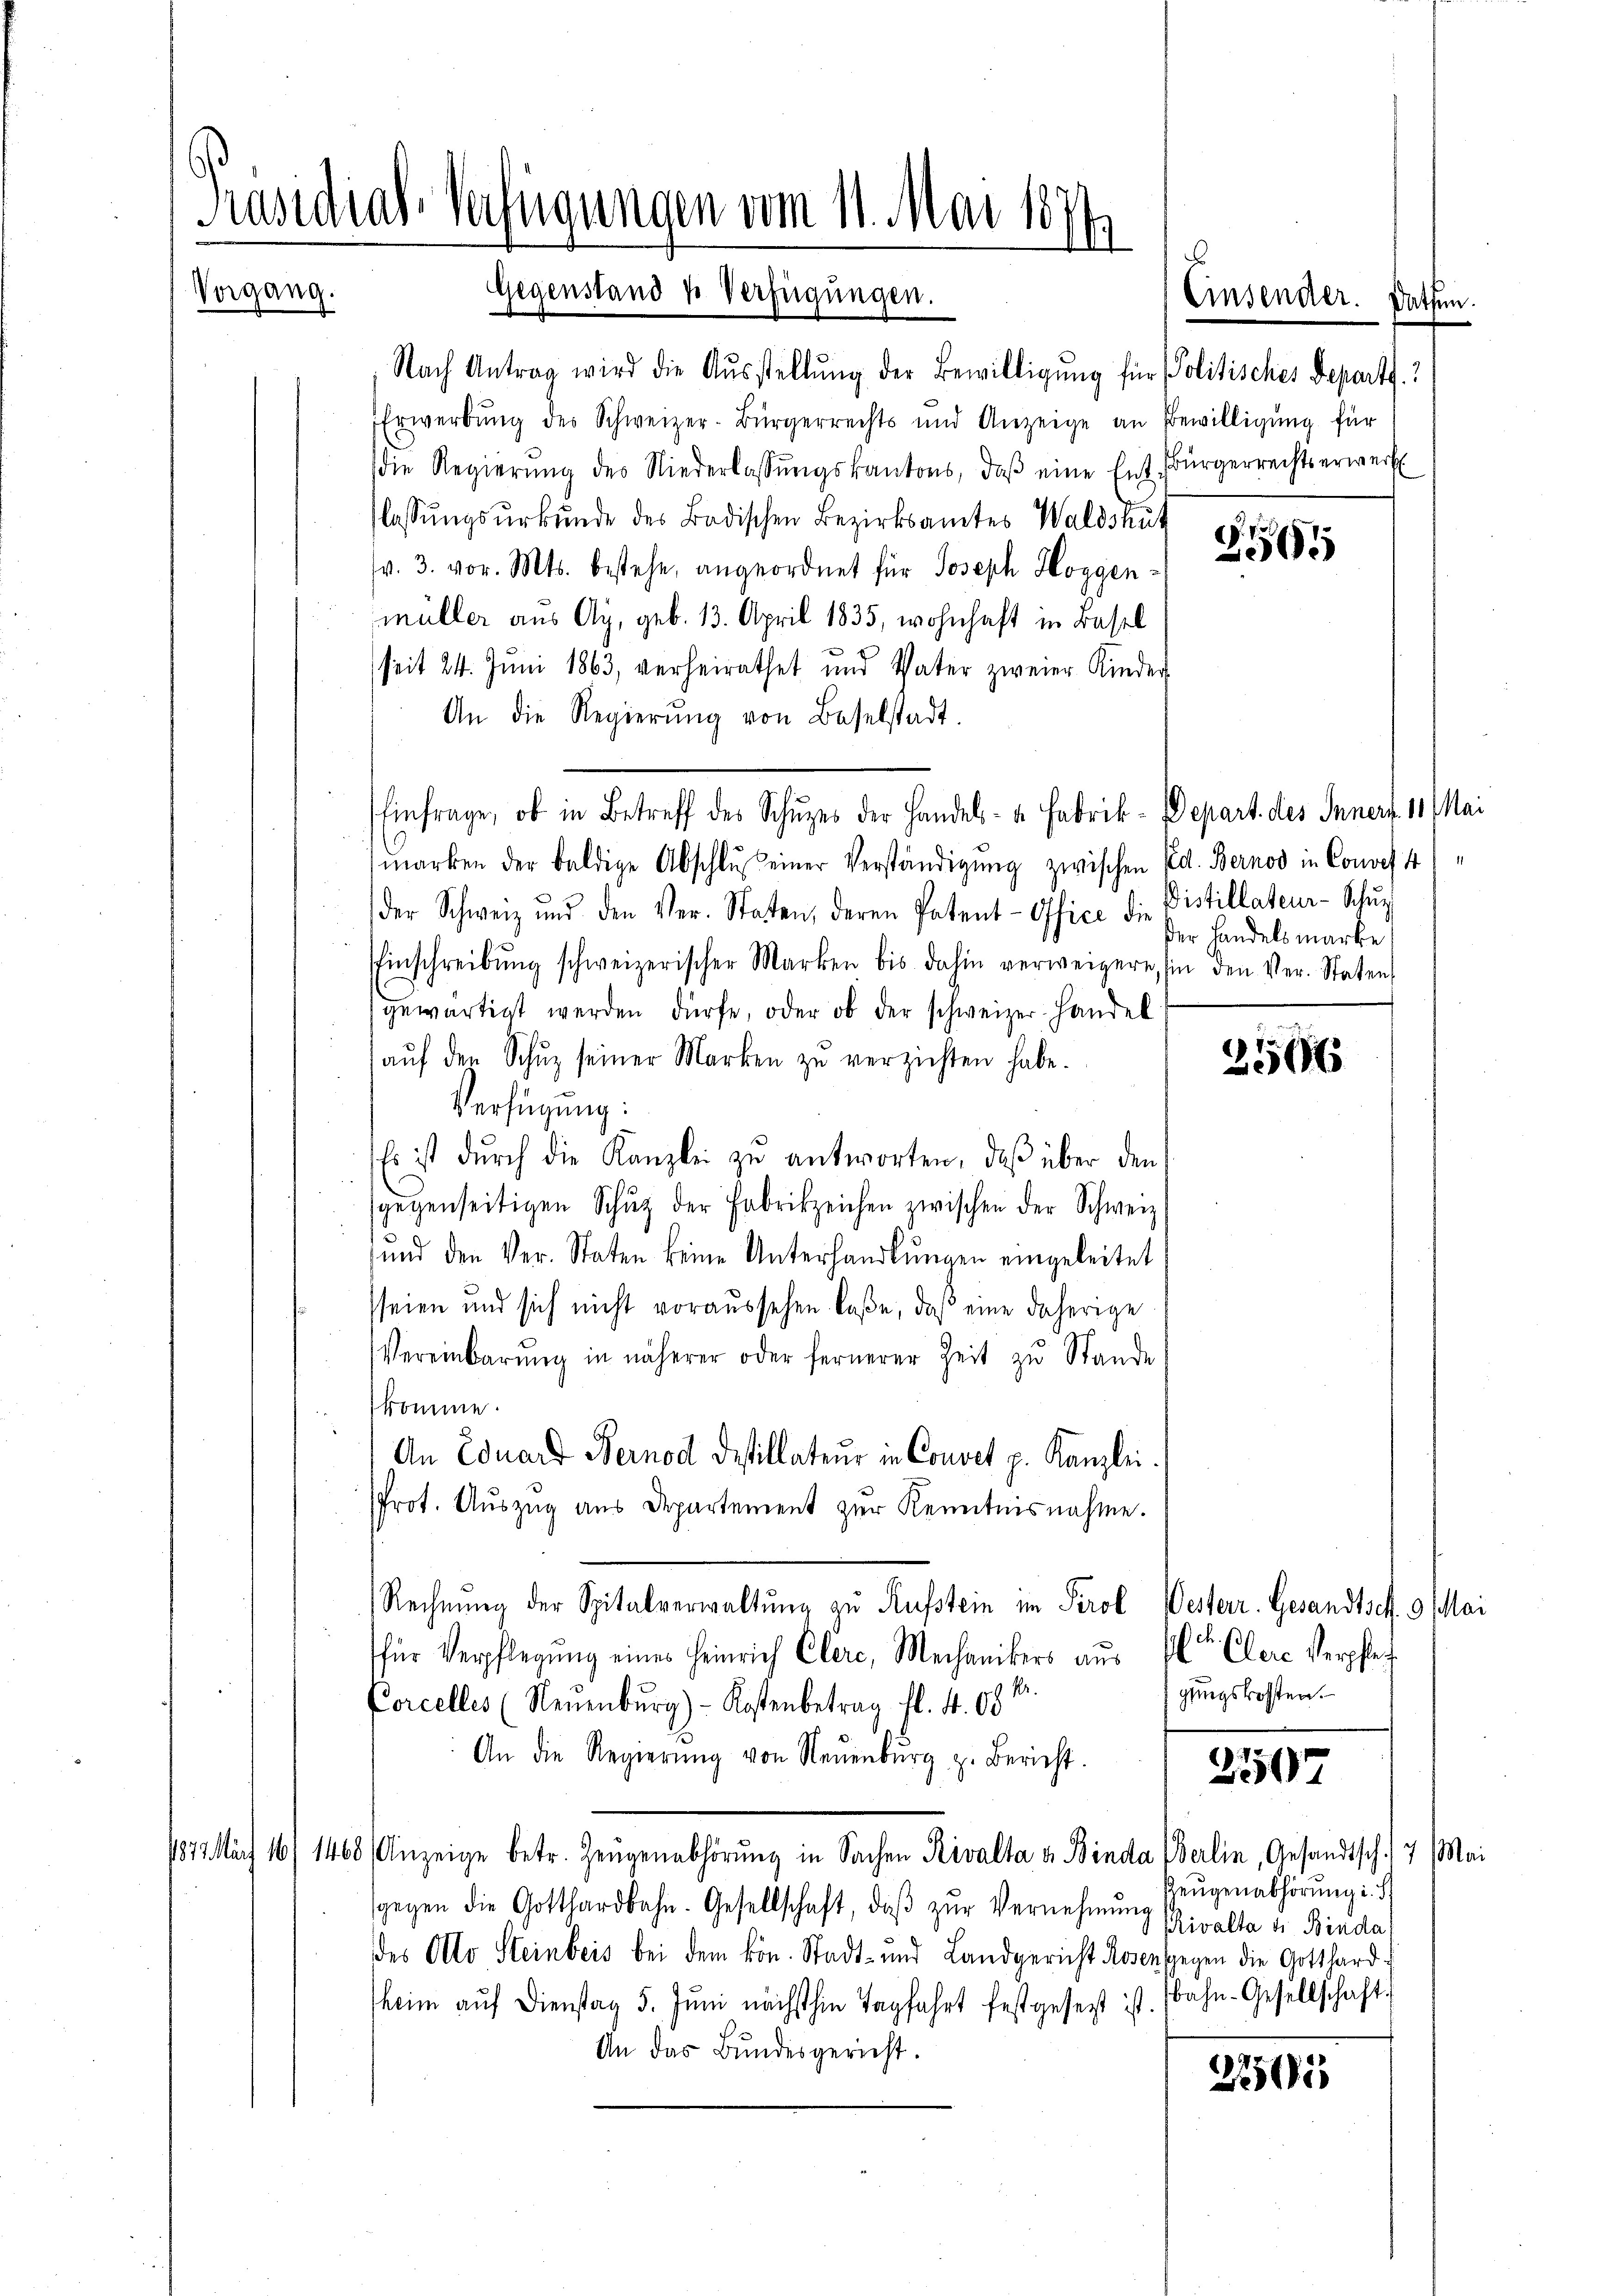
Präsidial-Verfügungen vom 11. Mai 1871
Vorgang. Gegenstand u Verfügungen.

Nach Antrag wird die Aŭsstellŭng der Bewilligŭng für Politisches Depart.
Erwerbung des Schweizer-Bürgerrechts und Anzeige an Bewilligung für
die Regierŭng des Niederlassŭngskantons, daβ eine Ent-Bürgerrechtserwerf
flassŭngsŭrkŭnde des Badischen Bezirksamtes Waldshut
v. 3. vor. Mts. bestehe, angeordnet für Joseph Hoggen
müller aus Ay, geb. 13. April 1835, wohnhaft in Basel
seit 24. Jŭni 1863, verheirathet und Vater zweier Kinder
An die Regierŭng von Baselstadt.
Einfrage, ob in Betreff des Schuzes der Handels- u. Fabrik-Depart. des Innert. 11 Mai
marken der baldige Abschlŭβ einer Verständigŭng zwischen Ed. Bernod in Conces 41
der Schweiz und den Ver-Staten, deren Patent-Office die Distillateur-Schŭl
Einschreibŭng schweizerischer Marken bis dahin verweigere, sie den Ver-Staten
gewärtigt werden dürfe, oder ob der schweizer Handel
aŭf den Schŭz seiner Marken zŭ verzichten habe.
Verfügung:
Es ist durch die Kanzlei zŭ antworten, daß über den
sgegenseitigen Schŭtz der Fabrikzeichen zwischen der Schweiz
und den Ver-Staten keine Unterhandlŭngen eingeleitet
seien und sich nicht voraussehen laße, daß eine daherige
Vereinbarŭng in näherer oder fernerer Zeit zŭ Stande
komme.
An Eduard Bernod destillateŭr in Convet p. Kanzlei.
Prot. Auszug aus Departement zur Kenntnisnahme.
Rechnung der Spitalverwaltung zu Rufstein im Perol Westerr. Gesandtsch. 9 Mai
für Verpflegung eines Heinrich Clere, Mechanikers aus Elter Clere Verpfleg
Nr.
Corcelles (Neuenburg)- Kostenbetrag fl. 4 08
An die Regierŭng von Neŭenbŭrg z. Bericht.
1877 März 16/ 1468 Anzeige betr. Zeugenabhörung in Sachen Rivalta u. Binda Berlin, Gesandtsch. 7. Mai
sgegen die Gotthardbahn. Gesellschaft, daβ zŭr Vernehmung Rivalta di Binda,
des Allo Steinbeis bei dem kön. Stadt- und Landgericht Rosensgegen die Gotthardheim auf Dienstag 5. Jŭni nächsthin Tagfahrt festgesetzt ist. Bahn-Gesellschaft
An das Bundesgericht.

Einsender. Dassen.

9
5

er Handelsmarke

3566

gungskosten.

2507

Zeugenabhörung i.

2705